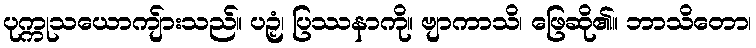
ပုက္ကုသယောကျ်ားသည်။ ပဉှံ၊ ပြဿနာကို။ ဗျာကာသိ၊ ဖြေဆို၏။ ဘာသိတော၊